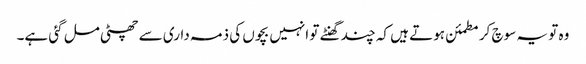
وہ تو یہ سوچ کر مطمئن ہوتے ہیں کہ چند گھنٹے تو انہیں بچوں کی ذمہ داری سے چھٹی مل گئی ہے۔